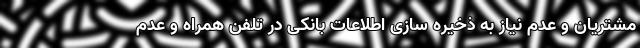
مشتریان و عدم نیاز به ذخیره سازی اطلاعات بانکی در تلفن همراه و عدم